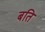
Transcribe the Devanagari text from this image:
बति